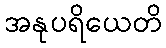
အနုပရိယေတိ